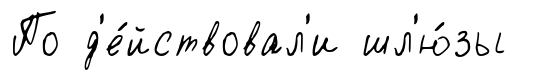
По д'е́йствовал'и шл'ю́зы